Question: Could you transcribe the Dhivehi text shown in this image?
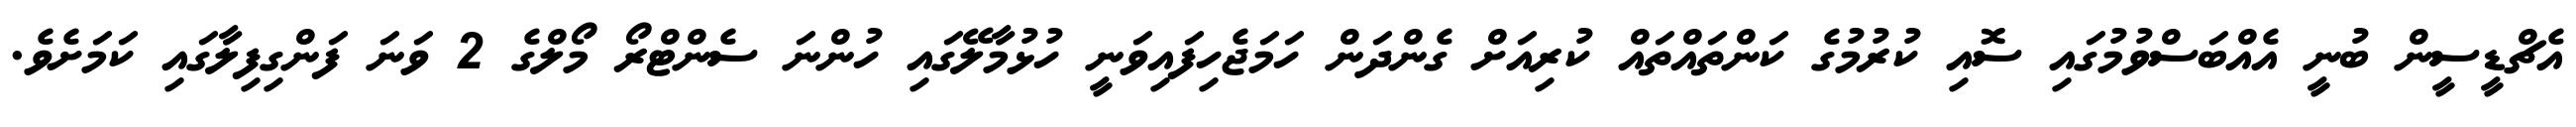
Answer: އެޗްޑީސީން ބުނީ އެއްބަސްވުމުގައި ސޮއި ކުރުމުގެ ކަންތައްތައް ކުރިއަށް ގެންދަން ހަމަޖެހިފައިވަނީ ހުޅުމާލޭގައި ހުންނަ ސެންޓްރޯ މޯލްގެ 2 ވަނަ ފަންގިފިލާގައި ކަމަށެވެ.